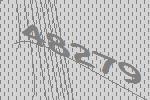
48279